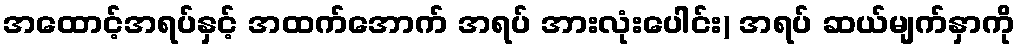
အထောင့်အရပ်နှင့် အထက်အောက် အရပ် အားလုံးပေါင်း) အရပ် ဆယ်မျက်နှာကို